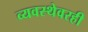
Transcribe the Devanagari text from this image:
व्यवस्थेवरही